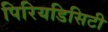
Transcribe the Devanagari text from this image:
पिरियडिसिटी